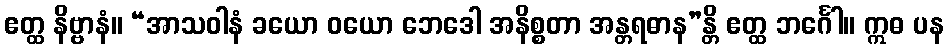
ဧတ္ထ နိဗ္ဗာနံ။ “အာသဝါနံ ခယော ဝယော ဘေဒေါ အနိစ္စတာ အန္တရဓာန”န္တိ ဧတ္ထ ဘင်္ဂေါ။ ဣဓ ပန